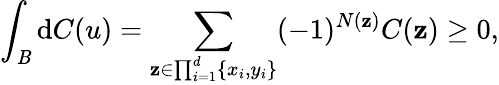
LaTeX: \int_{\mathit{B}}\mathrm{{d}}C(u)=\sum_{\mathbf{{z}}\in\prod_{i=1}^{d}\{ x_{i},y_{i}\} }(-1)^{N(\mathbf{{z}})}C(\mathbf{{z}})\geq0,